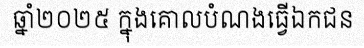
ឆ្នាំ២០២៥ ក្នុងគោលបំណងធ្វើឯកជន